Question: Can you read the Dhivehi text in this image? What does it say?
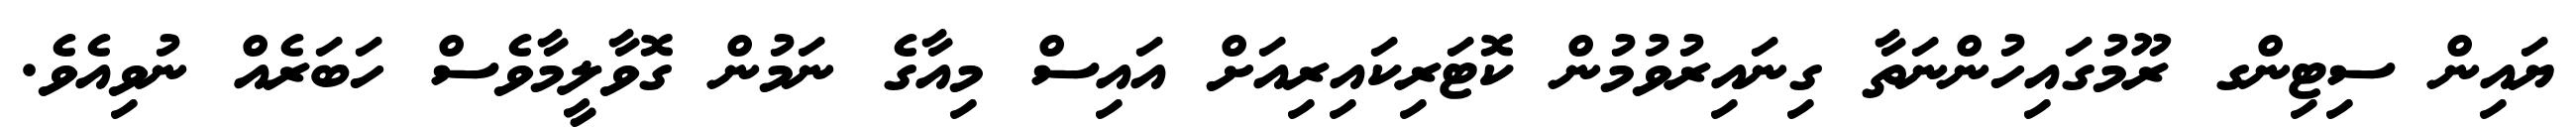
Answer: ޔައިން ސިޓިންގ ރޫމުގައިހުންނަތާ ގިނައިރުވުމުން ކޮޓަރިކައިރިއަށް އައިސް މިއާގެ ނަމުން ގޮވާލީމާވެސް ހަބަރެއް ނުވިއެވެ.